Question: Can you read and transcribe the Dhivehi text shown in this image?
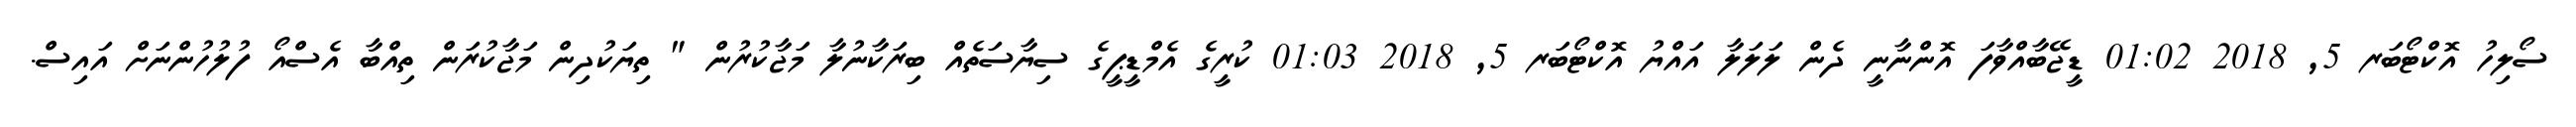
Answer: ސޯލިހު އޮކްޓޯބަރ 5, 2018 01:02 ޑީޖޭބާއްވާފަ އޮންނާނީ ދެން ލަލަލާ އައްޔު އޮކްޓޯބަރ 5, 2018 01:03 ކުރީގެ އެމްޑީޕީގެ ސިޔާސަތެއް ބިރަކާނުލާ މަޖާކުރުން " ތިޔަކުދިން މަޖާކުރަން ތިއްބާ އެސްއޯ ފުލުހުންނަށް އައިސް.